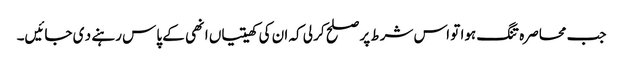
جب محاصرہ تنگ ہوا تو اس شرط پر صلح کر لی کہ ان کی کھیتیاں انھی کے پاس رہنے د ی جائیں۔